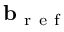
\mathbf { b } _ { \mathrm { ~ r ~ e ~ f ~ } }